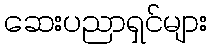
ဆေးပညာရှင်များ